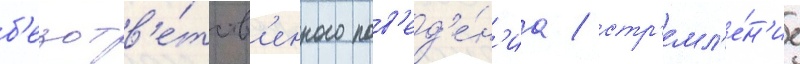
б'езотв'е́тств'енного пов'ед'е́н'иа / стр'емл'е́н'ие